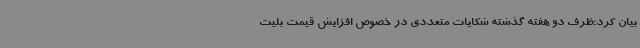
بیان کرد:ظرف دو هفته گذشته شکایات متعددی در خصوص افزایش قیمت بلیت